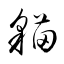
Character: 猫